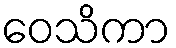
ဝေသိကာ